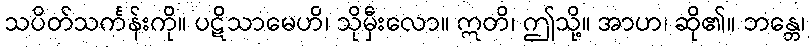
သပိတ်သင်္ကန်းကို။ ပဋိသာမေဟိ၊ သိုမှီးလော။ ဣတိ၊ ဤသို့။ အာဟ၊ ဆို၏။ ဘန္တေ၊